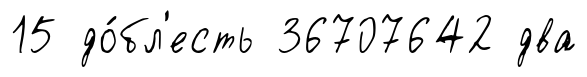
15 до́бл'есть 36707642 два